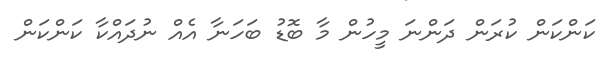
ކަންކަން ކުރަން ދަންނަ މީހުން މާ ބޮޑު ބަހަނާ އެއް ނުދައްކާ ކަންކަން